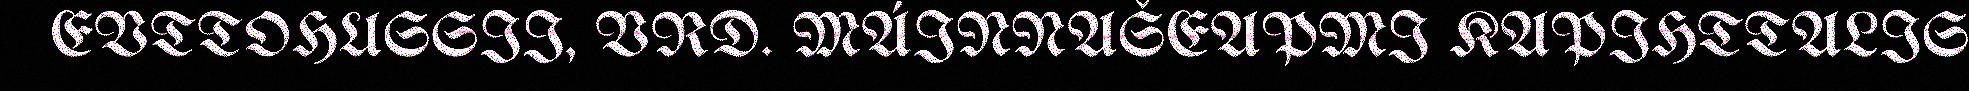
EVTTOHUSSII, VRD. MÁINNAŠEAPMI KAPIHTTALIS